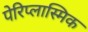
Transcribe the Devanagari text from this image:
पेरिप्लास्मिक